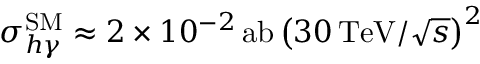
\sigma _ { h \gamma } ^ { \mathrm { S M } } \approx 2 \times 1 0 ^ { - 2 } \, \mathrm { a b } \, \big ( { 3 0 \, \mathrm { T e V } } / { \sqrt { s } } \big ) ^ { 2 }